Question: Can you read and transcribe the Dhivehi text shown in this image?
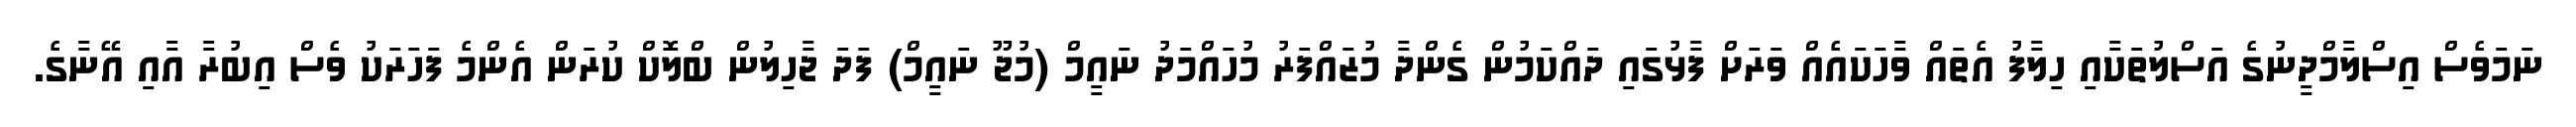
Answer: ނަމަވެސް އިސްލާމްދީނުގެ އަސްލުތަކާއި ހިލާފު އެތައް ވާހަކައެއް ވަރަށް ފާޅުގައި ދައްކަމުން ގެންދާ މުޒައްފަރު މުހައްމަދު ނައީމް (މުޖޫ ނައީމް) ފަދަ ޖާހިލުން ބްލޮކް ކުރަން އެންމެ ފަހަރަކު ވެސް އިބުރާ އާއި އޭނާގެ.